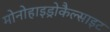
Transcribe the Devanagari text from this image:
मोनोहाइड्रोकैल्साइट